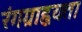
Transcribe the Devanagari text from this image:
रंगग्राह्वयता